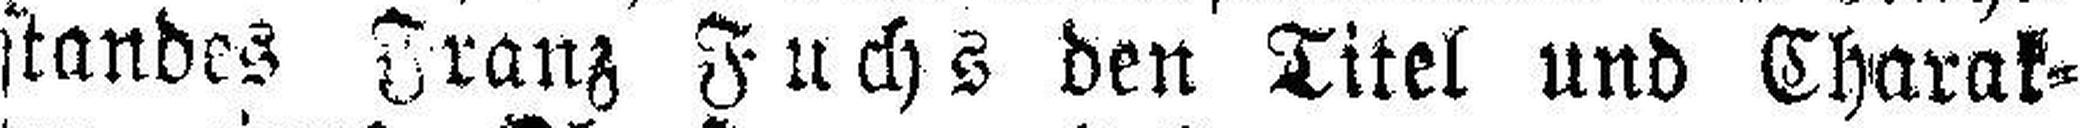
standes Franz Fuchs den Titel und Charak¬